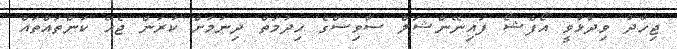
ޖިހާދު ވިދާޅުވީ އޯފްޝޯ ފައިނޭންޝަލް ސާވިސްގެ ހިދުމަތް ދިނުމަށް ކުރަން ޖެހޭ ކަންތައްތައް